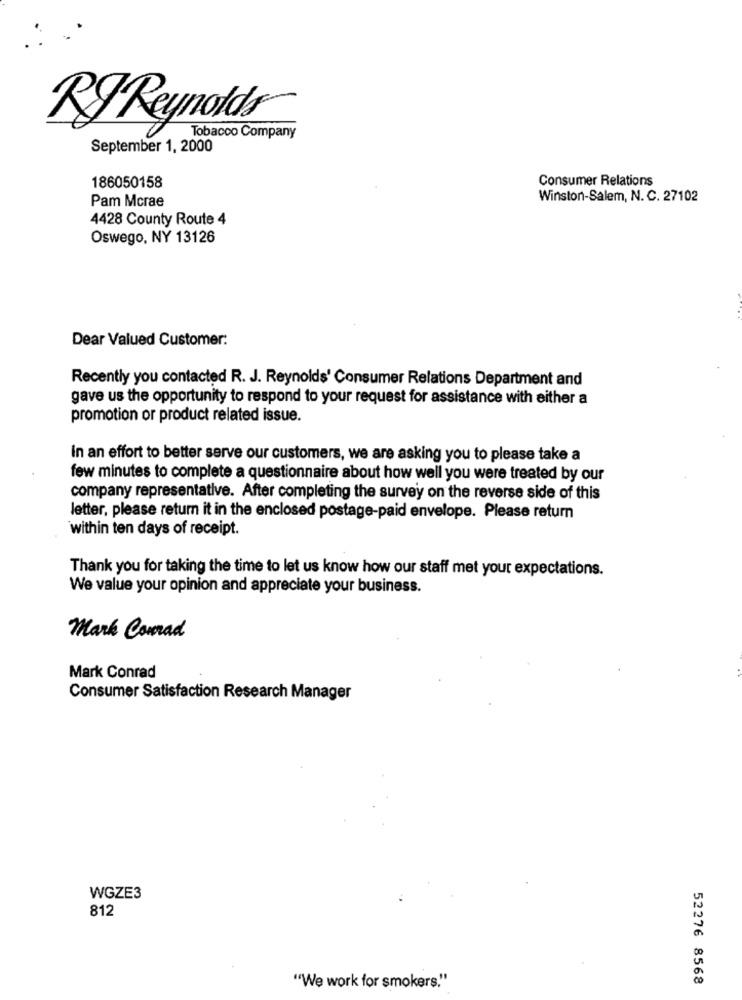
RJ Reynolds
Tobacco Company
September 1, 2000
186050158
Consumer Relations
Pam Mcrae
Winston-Salem, N. C. 27102
4428 County Route 4
Oswego, NY 13126
Dear Valued Customer:
Recently you contacted R. J. Reynolds' Consumer Relations Department and
gave us the opportunity to respond to your request for assistance with either a
promotion or product related issue.
In an effort to better serve our customers, we are asking you to please take a
few minutes to complete a questionnaire about how well you were treated by our
company representative. After completing the survey on the reverse side of this
letter, please return it in the enclosed postage-paid envelope. Please return
within ten days of receipt.
Thank you for taking the time to let us know how our staff met your expectations.
We value your opinion and appreciate your business.
Mark Conrad
Mark Conrad
Consumer Satisfaction Research Manager
WGZE3
812
52276 8568
"We work for smokers."